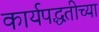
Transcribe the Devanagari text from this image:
कार्यपद्धतीच्या